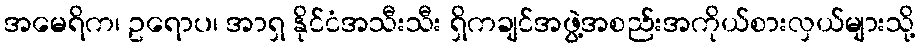
အမေရိက၊ ဥရောပ၊ အာရှ နိုင်ငံအသီးသီး ရှိကချင်အဖွဲ့အစည်းအကိုယ်စားလှယ်များသို့